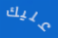
عليك